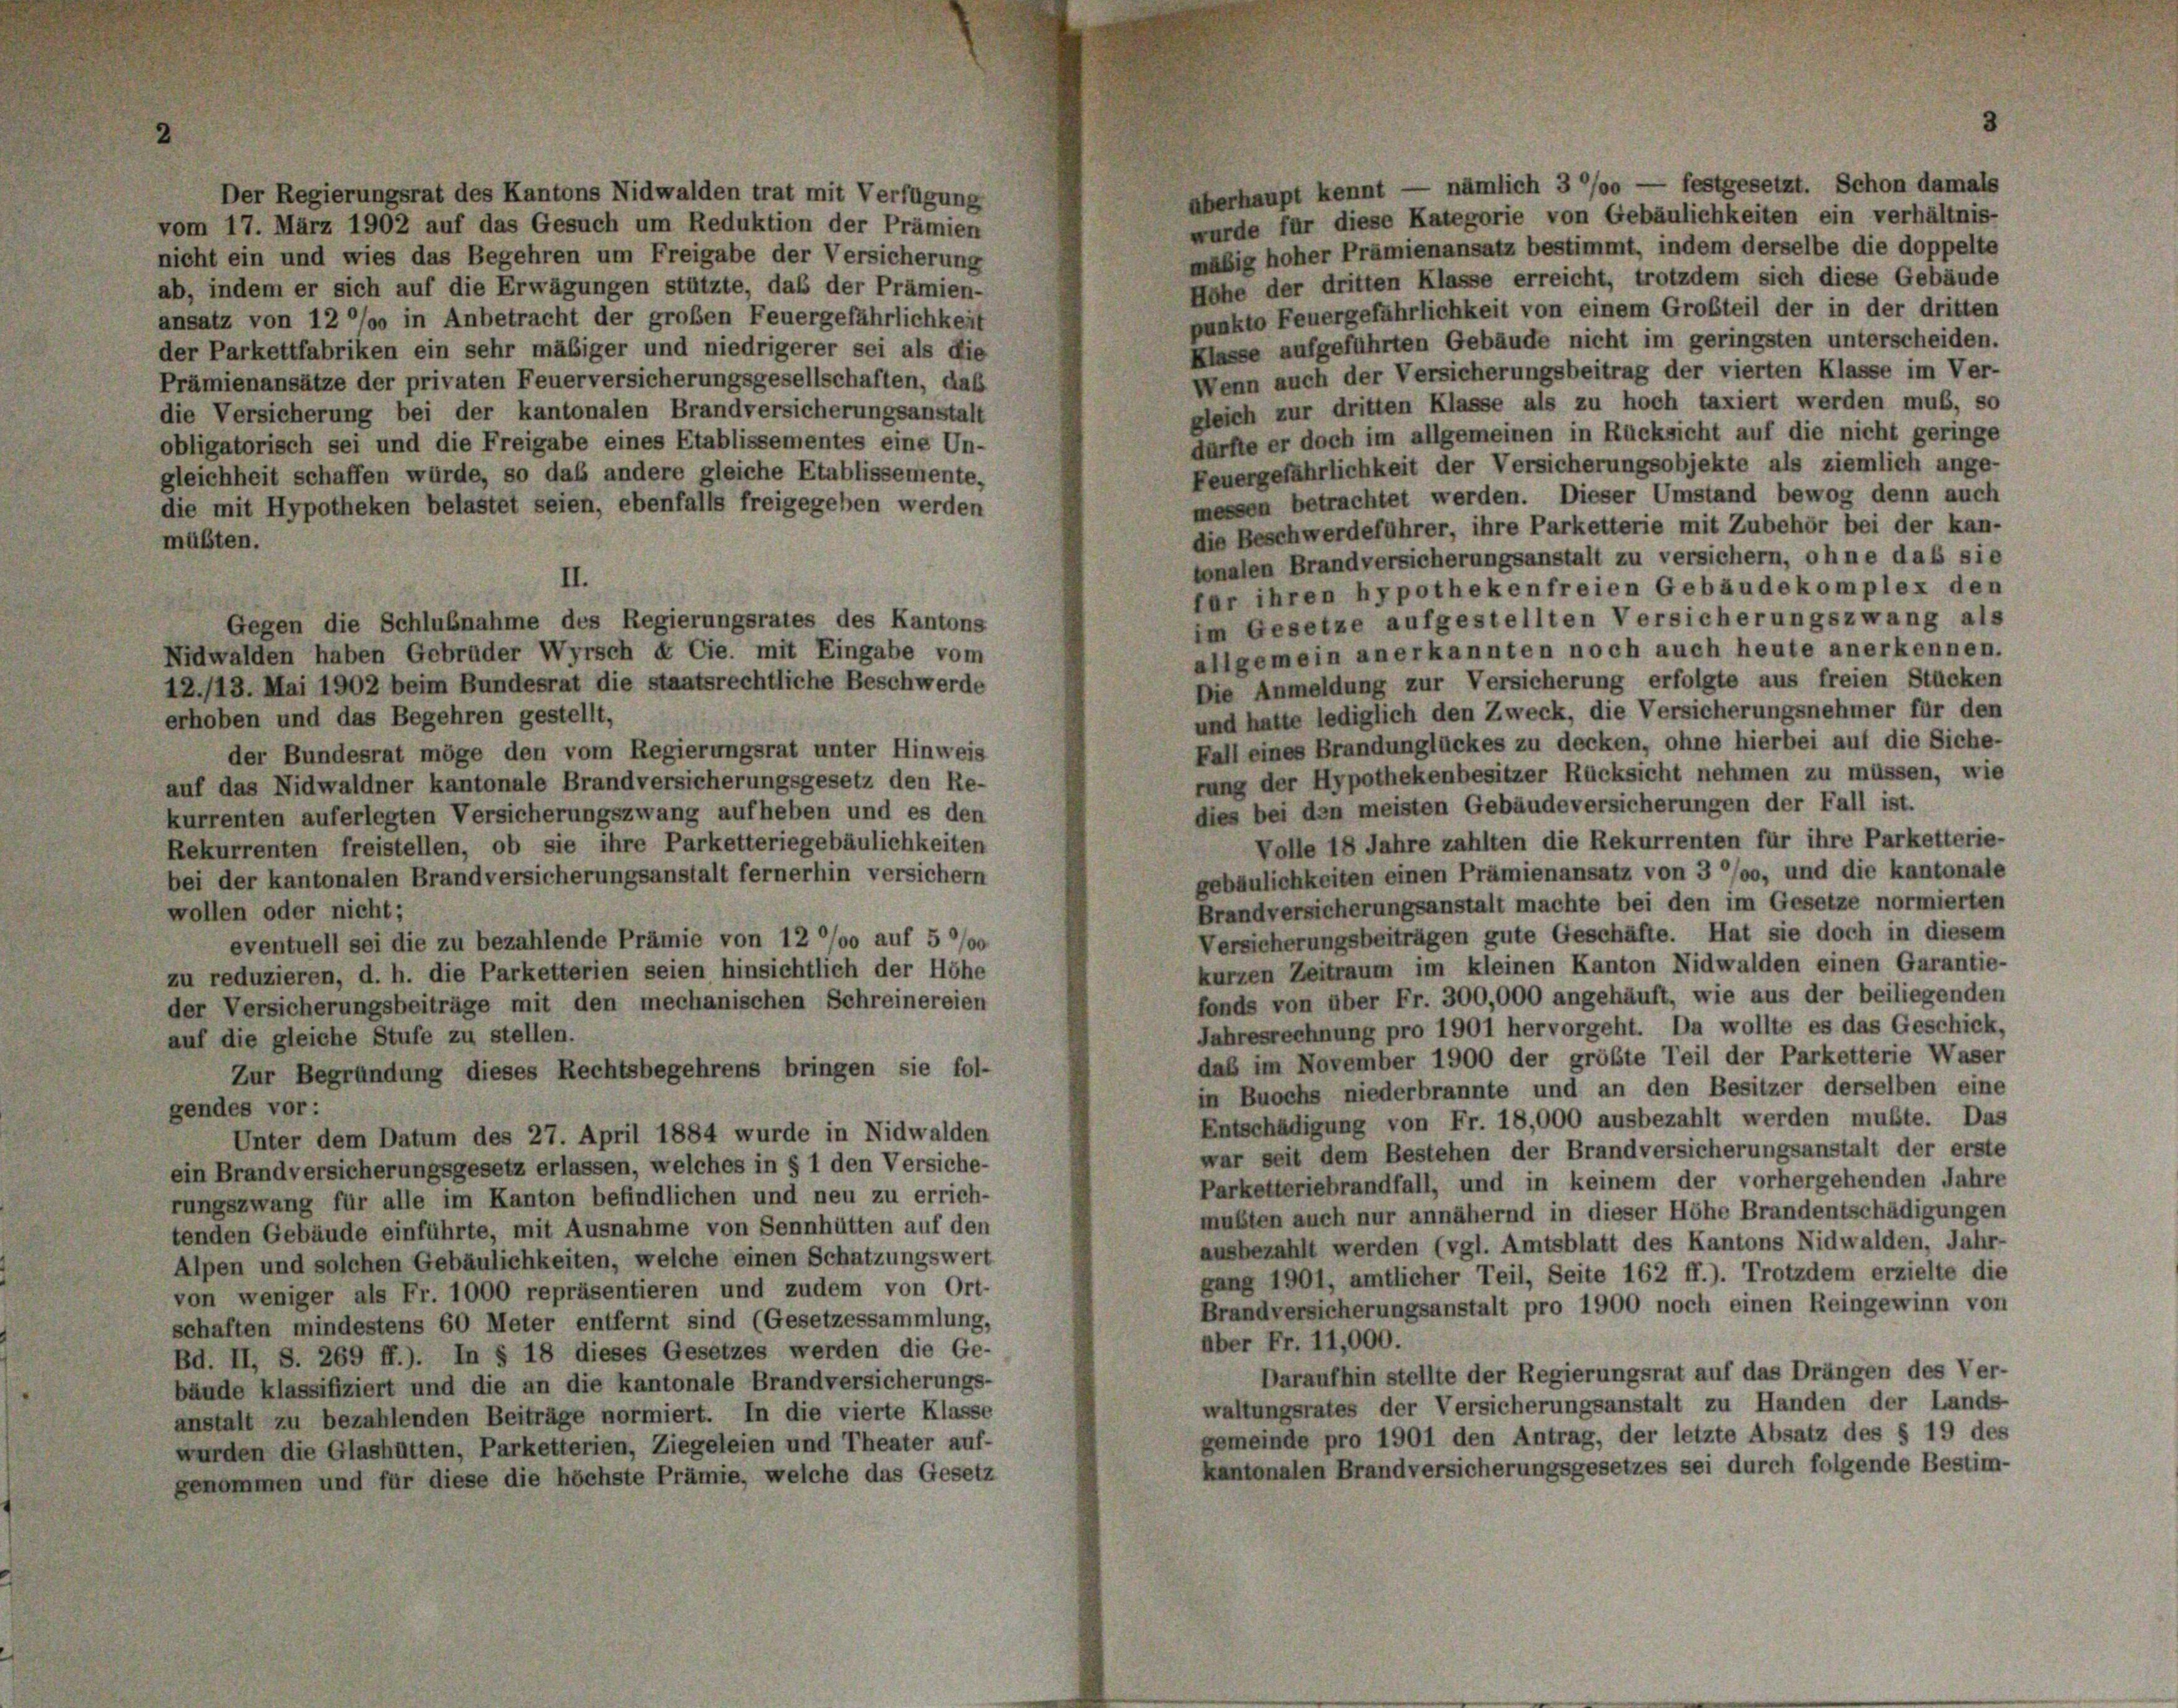
überhaupt kennt — nämlich 3/00 — festgesetzt. Schon damals
Der Regierungsrat des Kantons Nidwalden trat mit Verfügung
wurde für diese Kategorie von Gebäulichkeiten ein verhältnis-
vom 17. März 1902 auf das Gesuch um Reduktion der Prämien
mäßig hoher Prämienansatz bestimmt, indem derselbe die doppelte
nicht ein und wies das Begehren um Freigabe der Versicherung
Höhe der dritten Klasse erreicht, trotzdem sich diese Gebäude
ab, indem er sich auf die Erwägungen stützte, daß der Prämien-
punkto Feuergefährlichkeit von einem Großteil der in der dritten
ansatz von 12 °/o in Anbetracht der großen Feuergefährlichkeit
Klasse aufgeführten Gebäude nicht im geringsten unterscheiden.
der Parkettfabriken ein sehr mäßiger und niedrigerer sei als die
Wenn auch der Versicherungsbeitrag der vierten Klasse im Ver-
Prämienansätze der privaten Feuerversicherungsgesellschaften, das
gleich zur dritten Klasse als zu hoch taxiert werden muß, so
die Versicherung bei der kantonalen Brandversicherungsanstalt
dürfte er doch im allgemeinen in Rücksicht auf die nicht geringe
obligatorisch sei und die Freigabe eines Etablissementes eine Un-
Feuergefährlichkeit der Versicherungsobjekte als ziemlich ange-
gleichheit schaffen würde, so das andere gleiche Etablissemente,
messen betrachtet werden. Dieser Umstand bewog denn auch
die mit Hypotheken belastet seien, ebenfalls freigegeben werden
die Beschwerdeführer, ihre Parketterie mit Zubehör bei der kan-
müßten.
tonalen Brandversicherungsanstalt zu versichern, ohne daß sie
far ihren hypothekenfreien Gebäudekomplex den
im Gesetze aufgestellten Versicherungszwang als
allgemein anerkannten noch auch heute anerkennen.
Nidwalden haben Gebrüder Wyrsch & Cie. mit Eingabe vom
Die Anmeldung zur Versicherung erfolgte aus freien Stücken
12./13. Mai 1902 beim Bundesrat die staatsrechtliche Beschwerde
und hatte lediglich den Zweck, die Versicherungsnehmer für den
erhoben und das Begehren gestellt,
Fall eines Brandunglückes zu decken, ohne hierbei auf die Siche-
der Bundesrat möge den vom Regierungsrat unter Hinweis
rung der Hypothekenbesitzer Rücksicht nehmen zu müssen, wie
auf das Nidwaldner kantonale Brandversicherungsgesetz den Re-
dies bei den meisten Gebäudeversicherungen der Fall ist.
kurrenten auferlegten Versicherungszwang aufheben und es den
Volle 18 Jahre zahlten die Rekurrenten für ihre Parketterie-
Rekurrenten freistellen, ob sie ihre Parketteriegebäulichkeiten
gebäulichkeiten einen Prämienansatz von 3 °/o, und die kantonale
bei der kantonalen Brandversicherungsanstalt fernerhin versichern
Brandversicherungsanstalt machte bei den im Gesetze normierten
wollen oder nicht;
Versicherungsbeiträgen gute Geschäfte. Hat sie doch in diesem
eventuell sei die zu bezahlende Prämie von 12 °/o auf 5 °/00
kurzen Zeitraum im kleinen Kanton Nidwalden einen Garantie-
zu reduzieren, d. h. die Parketterien seien hinsichtlich der Höhe
fonds von über Fr. 300,000 angehäuft, wie aus der beiliegenden
der Versicherungsbeiträge mit den mechanischen Schreinereien
Jahresrechnung pro 1901 hervorgeht. Da wollte es das Geschick,
auf die gleiche Stufe zu stellen.
daß im November 1900 der größte Teil der Parketterie Waser
Zur Begründung dieses Rechtsbegehrens bringen sie fol-
in Buochs niederbrannte und an den Besitzer derselben eine
gendes vor:
Entschädigung von Fr. 18,000 ausbezahlt werden mußte. Das
Unter dem Datum des 27. April 1884 wurde in Nidwalden
war seit dem Bestehen der Brandversicherungsanstalt der erste
ein Brandversicherungsgesetz erlassen, welches in § 1 den Versiche-
Parketteriebrandfall, und in keinem der vorhergehenden Jahre
rungszwang für alle im Kanton befindlichen und neu zu errich-
mußten auch nur annähernd in dieser Höhe Brandentschädigungen
tenden Gebäude einführte, mit Ausnahme von Sennhütten auf den
ausbezahlt werden (vgl. Amtsblatt des Kantons Nidwalden, Jahr-
Alpen und solchen Gebäulichkeiten, welche einen Schatzungswert
gang 1901, amtlicher Teil, Seite 162 ff.). Trotzdem erzielte die
von weniger als Fr. 1000 repräsentieren und zudem von Ort-
Brandversicherungsanstalt pro 1900 noch einen Reingewinn von
schaften mindestens 60 Meter entfernt sind (Gesetzessammlung,
aber Fr. 11,000.
Bd. II, S. 269 ff.). In § 18 dieses Gesetzes werden die Ge-
Daraufhin stellte der Regierungsrat auf das Drängen des Ver-
bäude klassifiziert und die an die kantonale Brandversicherungs-
waltungsrates der Versicherungsanstalt zu Handen der Lands
anstalt zu bezahlenden Beiträge normiert. In die vierte Klasse
gemeinde pro 1901 den Antrag, der letzte Absatz des § 19 des
wurden die Glashütten, Parketterien, Ziegeleien und Theater auf-
kantonalen Brandversicherungsgesetzes sei durch folgende Bestim-
genommen und für diese die höchste Prämie, welche das Gesetz

II.
Gegen die Schlußnahme des Regierungsrates des Kantons